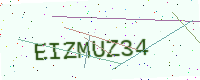
Text: EIZMUZ34